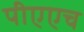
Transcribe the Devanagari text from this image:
पीएएच